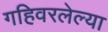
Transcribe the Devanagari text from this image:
गहिवरलेल्या